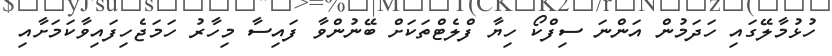
ހުޅުމާލޭގައި ހަދަމުން އަންނަ ސިފްކޯ ހިޔާ ފްލެޓްތަކަށް ބޭނުންވާ ފައިސާ މިހާރު ހަމަޖެހިފައިވާކަމަށާއި